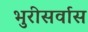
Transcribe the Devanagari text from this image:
भुरीसर्वास